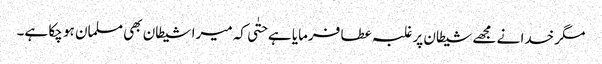
مگر خدا نے مجھے شیطان پر غلبہ عطا فرمایا ہے حتٰی کہ میرا شیطان بھی مسلمان ہو چکا ہے۔